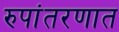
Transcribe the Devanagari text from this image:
रुपांतरणात